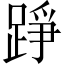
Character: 踭